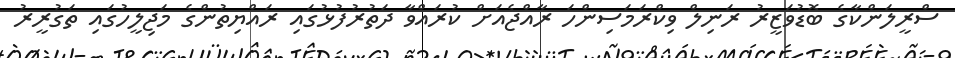
ސްރީލަންކާގެ ބޮޑުވަޒީރު ރަނިލް ވިކްރަމަސިންހަ ރާއްޖެއަށް ކުރައްވާ ދަތުރުފުޅުގައި ރައްޔިތުންގެ މަޖިލީހުގައި ތަގުރީރު